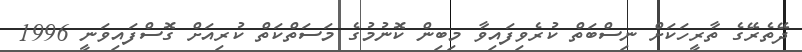
ދޭތެރޭގެ ތާރީހަކަށް ނިސްބަތް ކުރެވިފައިވާ މިބިން ކޮނުމުގެ މަސަތްކަތް ކުރިއަށް ގޮސްފައިވަނީ 1996